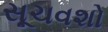
સૂચવશો